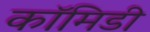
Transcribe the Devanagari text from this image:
कॉमिडी